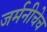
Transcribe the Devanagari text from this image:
जर्मनीचेच